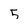
Character: 5